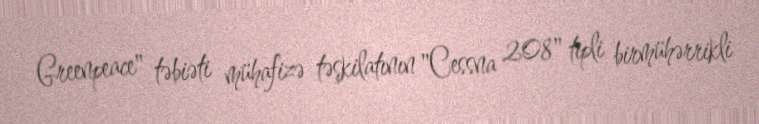
Greenpeace" təbiəti mühafizə təşkilatının "Cessna 208" tipli birmühərrikli